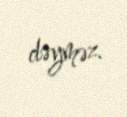
dəyməz.